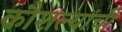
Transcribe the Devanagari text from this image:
कौशल्यांची